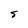
Character: S